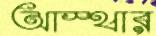
আস্থার